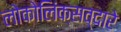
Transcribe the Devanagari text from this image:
लोकोलिंक्सव्दारे